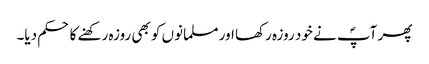
پھر آپؐ نے خود روزہ رکھا اور مسلمانوں کو بھی روزہ رکھنے کا حکم دیا۔